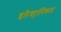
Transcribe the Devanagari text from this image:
इलैक्ट्रानिकल